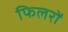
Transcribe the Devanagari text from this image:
फिलरों